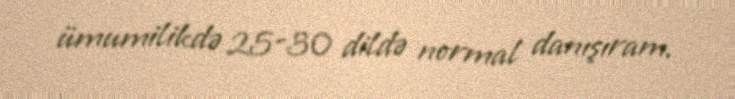
ümumilikdə 25-30 dildə normal danışıram.